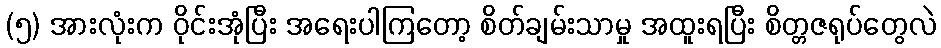
(၅) အားလုံးက ဝိုင်းအုံပြီး အရေးပါကြတော့ စိတ်ချမ်းသာမှု အထူးရပြီး စိတ္တဇရုပ်တွေလဲ